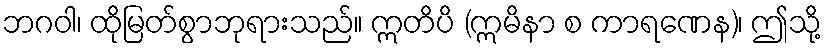
ဘဂဝါ၊ ထိုမြတ်စွာဘုရားသည်။ ဣတိပိ (ဣမိနာ စ ကာရဏေန)၊ ဤသို့